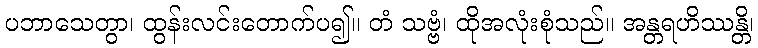
ပဘာသေတွာ၊ ထွန်းလင်းတောက်ပ၍။ တံ သဗ္ဗံ၊ ထိုအလုံးစုံသည်။ အန္တရဟိဿန္တိ၊